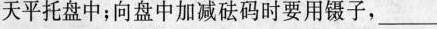
天平托盘中；向盘中加减砝码时要用镊子，___